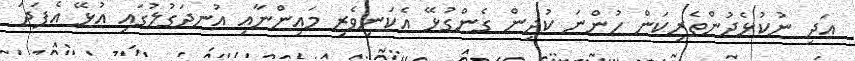
އަދި ނުކުޅެދުންތެރިކަން ހުންނަ ކުދިން ގެންގުޅޭ އެކަނިވެރި މައިންނާއި އުނދަގުލުގައި އުޅޭ އެފަދަ